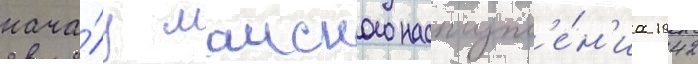
нача́лу маиского наступл'е́н'иа 1942